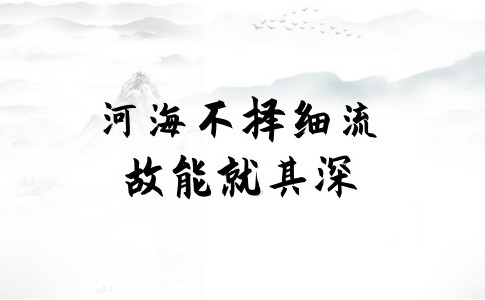
河海不择细流，故能就其深